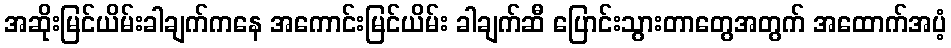
အဆိုးမြင်ယိမ်းခါချက်ကနေ အကောင်းမြင်ယိမ်း ခါချက်ဆီ ပြောင်းသွားတာတွေအတွက် အထောက်အပံ့